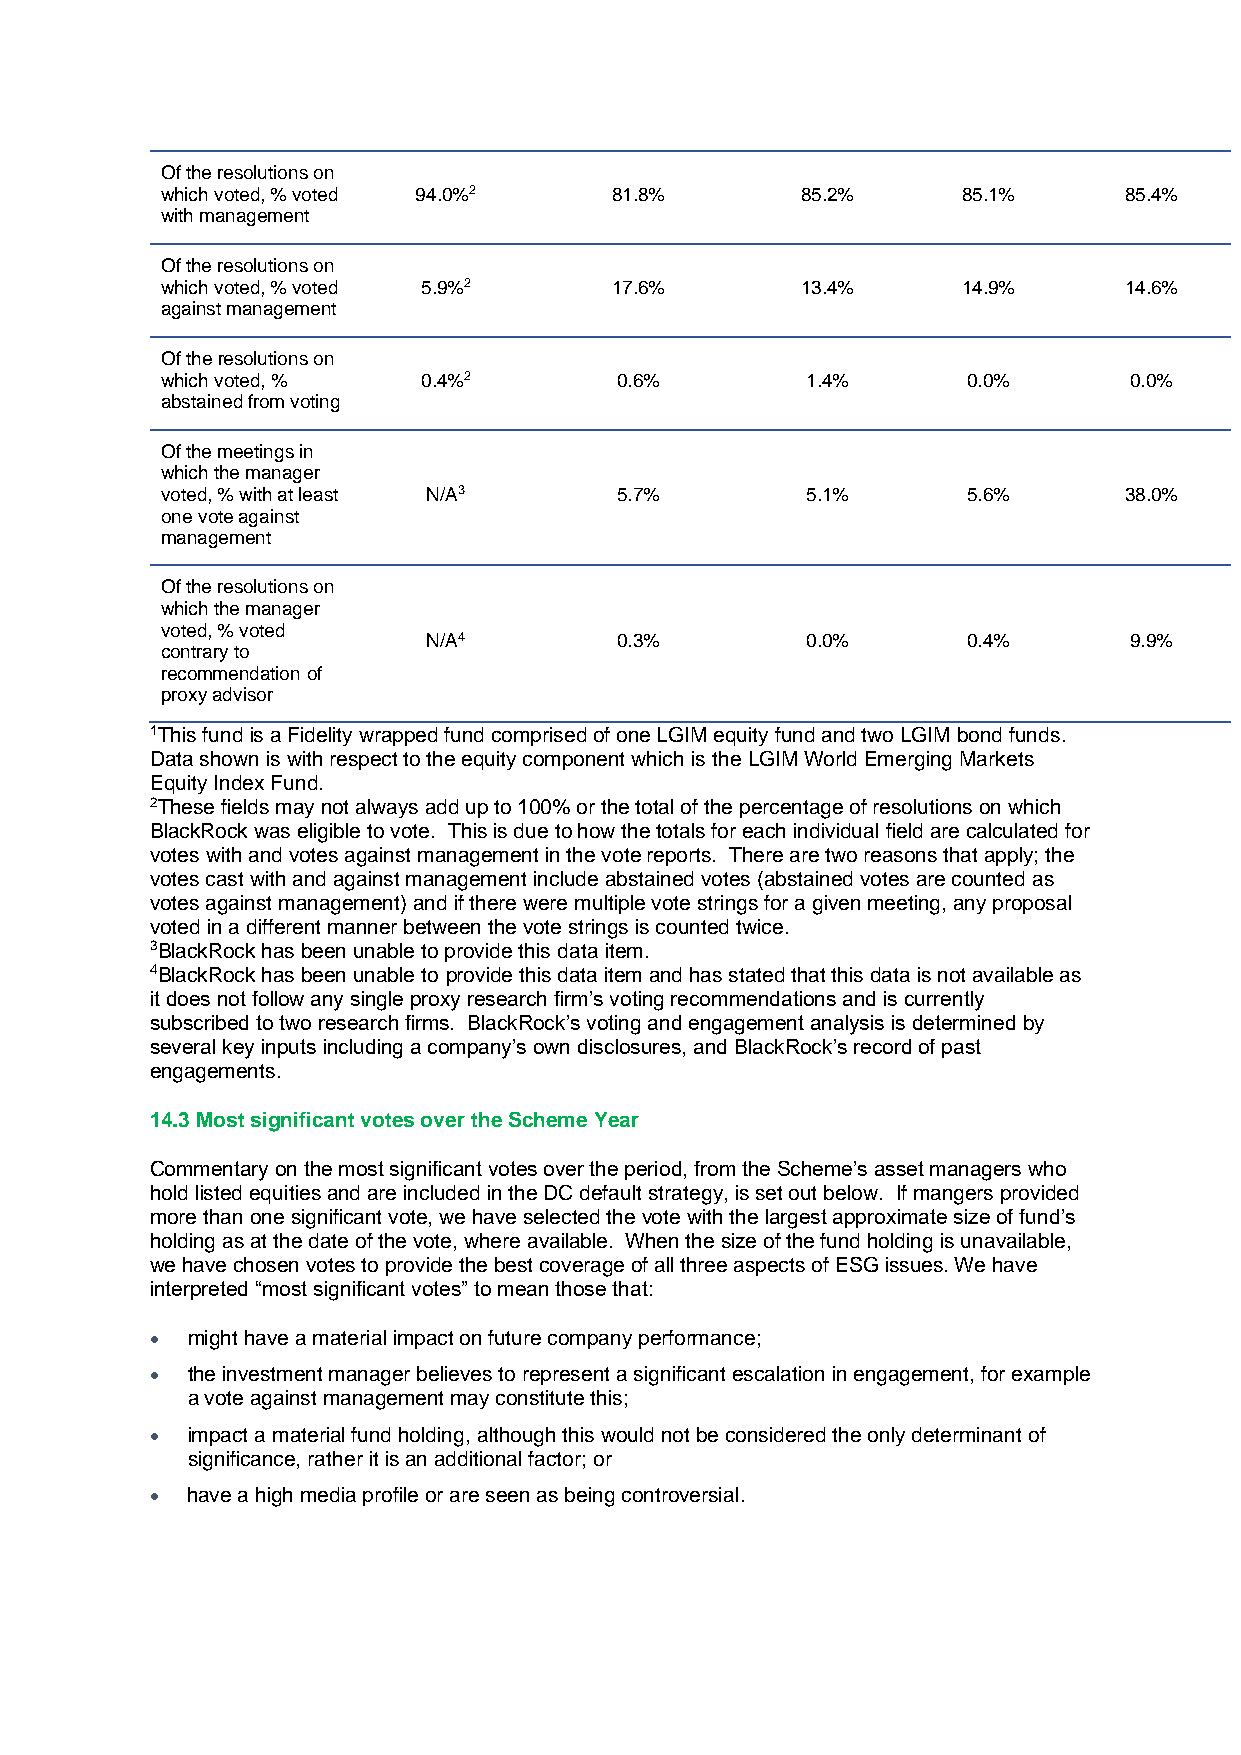
Of the resolutions on
 which voted, % voted 94.0%2  81.8%        85.2%      85.1%     85.4%
 with management
 Of the resolutions on
 which voted, % voted 5.9%2   17.6%        13.4%      14.9%     14.6%
 against management
 Of the resolutions on
 which voted, %   0.4%2        0.6%        1.4%       0.0%       0.0%
 abstained from voting
 Of the meetings in
 which the manager
 voted, % with at least N/A3   5.7%        5.1%       5.6%      38.0%
 one vote against
 management
 Of the resolutions on
 which the manager
 voted, % voted
 N/A4         0.3%        0.0%       0.4%       9.9%
 contrary to
 recommendation of
 proxy advisor
 1This fund is a Fidelity wrapped fund comprised of one LGIM equity fund and two LGIM bond funds.
 Data shown is with respect to the equity component which is the LGIM World Emerging Markets
 Equity Index Fund.
 2These fields may not always add up to 100% or the total of the percentage of resolutions on which
 BlackRock was eligible to vote. This is due to how the totals for each individual field are calculated for
 votes with and votes against management in the vote reports. There are two reasons that apply; the
 votes cast with and against management include abstained votes (abstained votes are counted as
 votes against management) and if there were multiple vote strings for a given meeting, any proposal
 voted in a different manner between the vote strings is counted twice.
 3BlackRock has been unable to provide this data item.
 4BlackRock has been unable to provide this data item and has stated that this data is not available as
 it does not follow any single proxy research firm’s voting recommendations and is currently
 subscribed to two research firms. BlackRock’s voting and engagement analysis is determined by
 several key inputs including a company’s own disclosures, and BlackRock’s record of past
 engagements.
 14.3 Most significant votes over the Scheme Year
 Commentary on the most significant votes over the period, from the Scheme’s asset managers who
 hold listed equities and are included in the DC default strategy, is set out below. If mangers provided
 more than one significant vote, we have selected the vote with the largest approximate size of fund’s
 holding as at the date of the vote, where available. When the size of the fund holding is unavailable,
 we have chosen votes to provide the best coverage of all three aspects of ESG issues. We have
 interpreted “most significant votes” to mean those that:
 • might have a material impact on future company performance;
 • the investment manager believes to represent a significant escalation in engagement, for example
 a vote against management may constitute this;
 • impact a material fund holding, although this would not be considered the only determinant of
 significance, rather it is an additional factor; or
 • have a high media profile or are seen as being controversial.